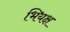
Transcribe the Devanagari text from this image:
भियक्ष